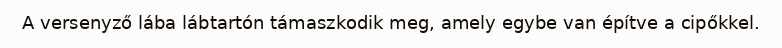
A versenyző lába lábtartón támaszkodik meg, amely egybe van építve a cipőkkel.